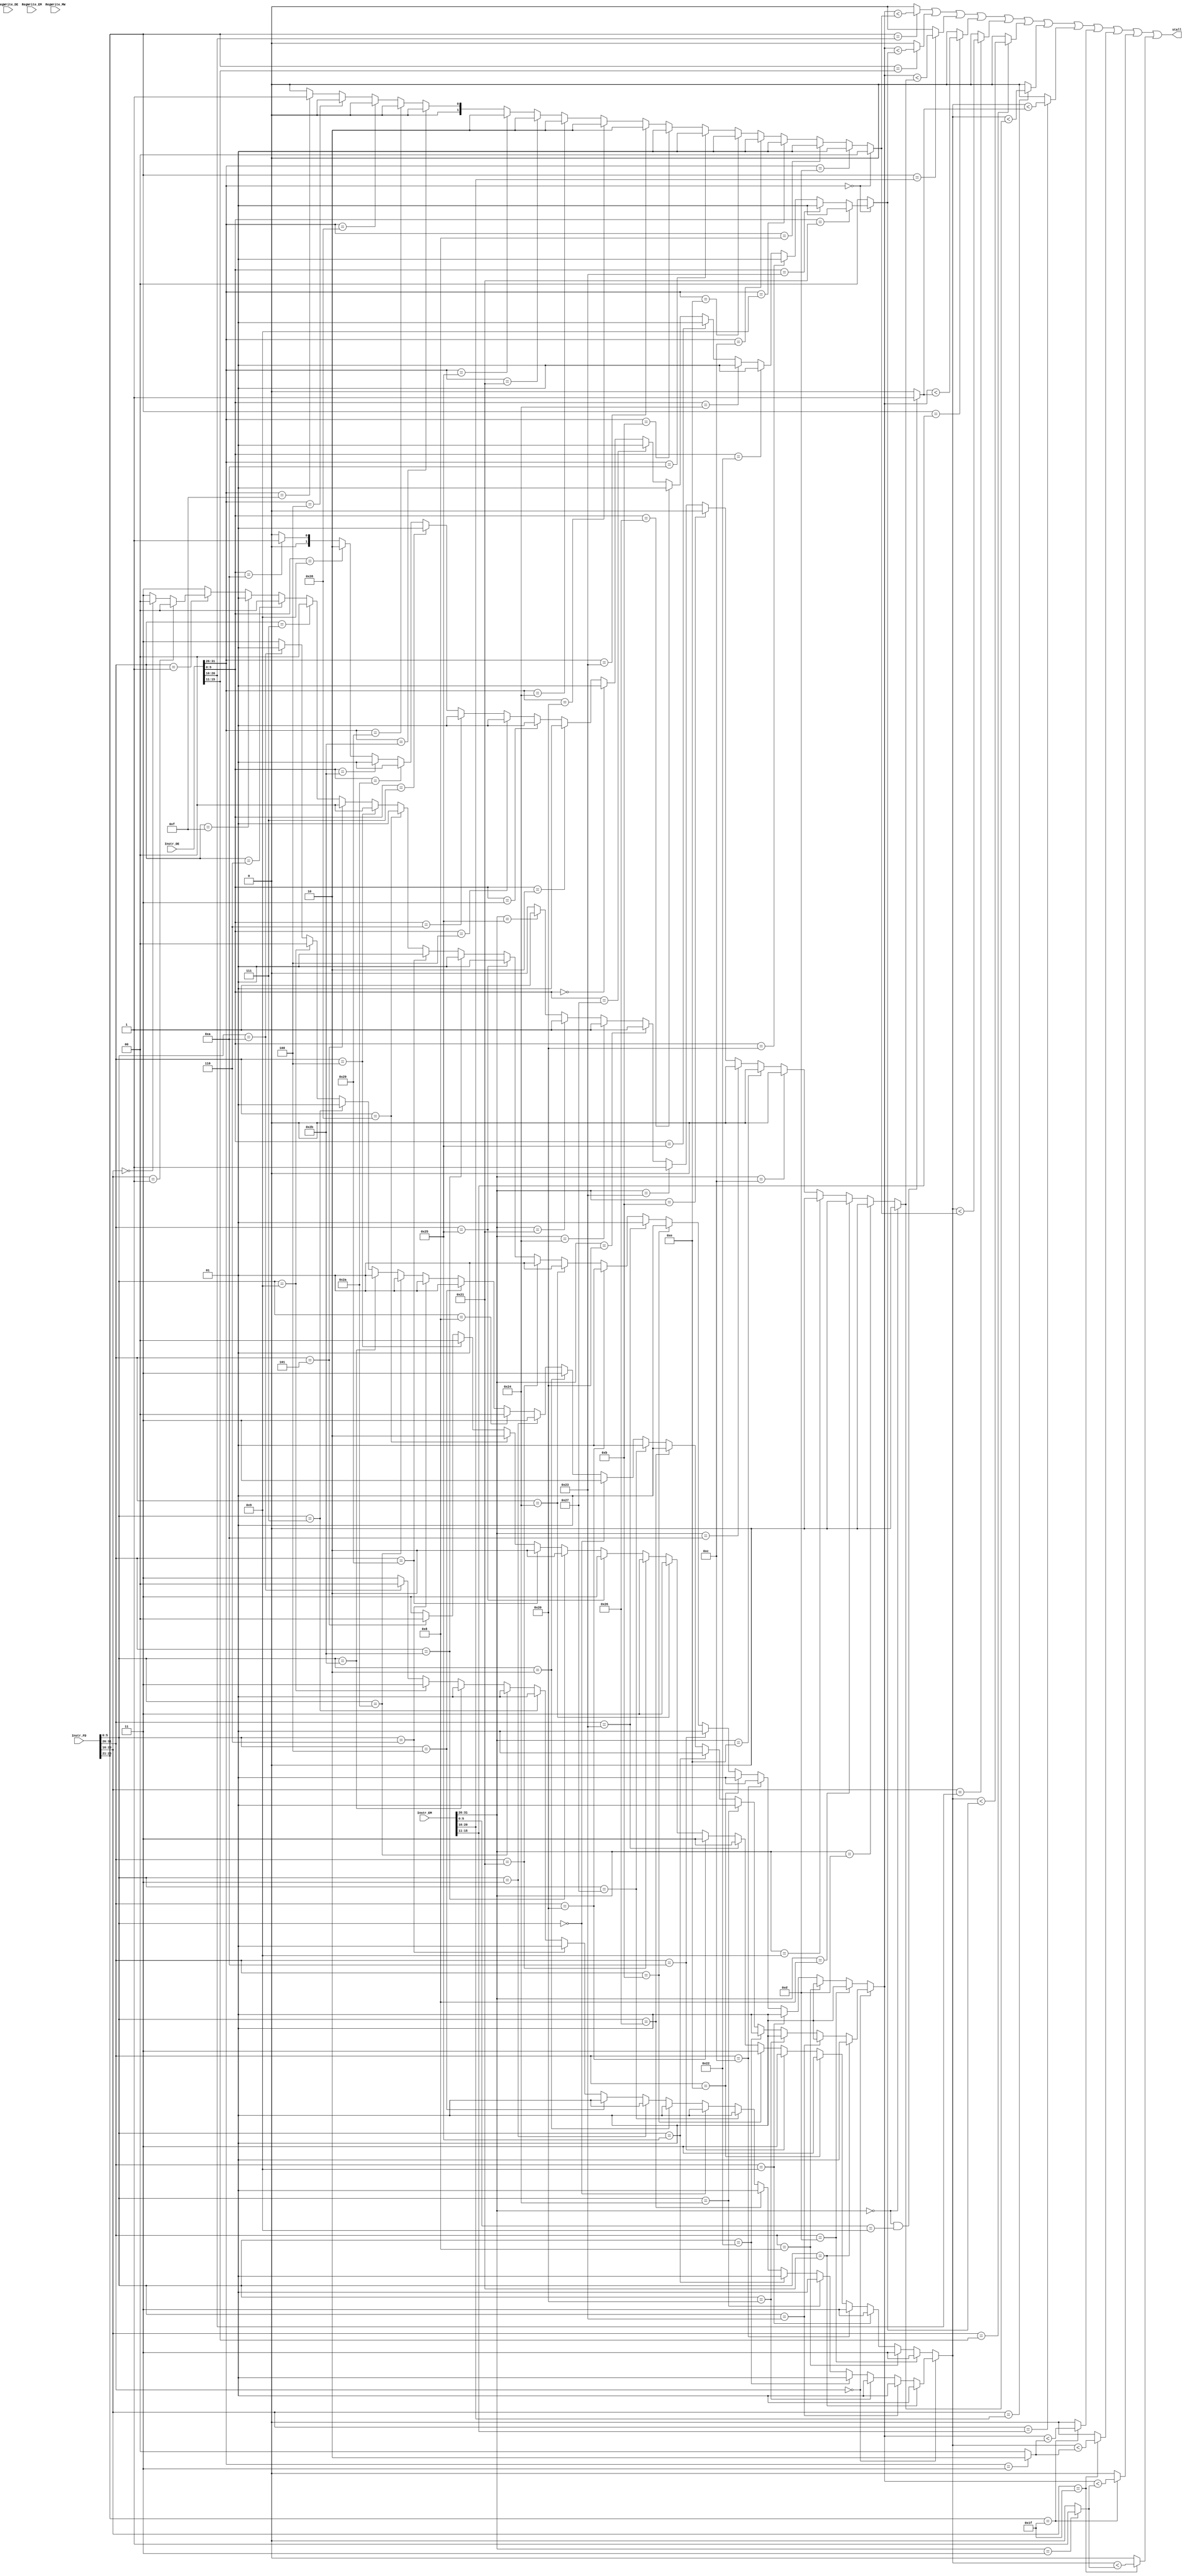
`timescale 1ns / 1ps
//////////////////////////////////////////////////////////////////////////////////
// Company: 
// Engineer: 
// 
// Design Name: 
// Module Name:    stall 
// Project Name: 
// Target Devices: 
// Tool versions: 
// Description: 
//
// Dependencies: 
//
// Revision: 
// Revision 0.01 - File Created
// Additional Comments: 
//
//////////////////////////////////////////////////////////////////////////////////
module stall(
	 input [31:0] Instr_FD,
	 input [31:0] Instr_DE,
	 input [31:0] Instr_EM,
	 input RegWrite_DE,
	 input RegWrite_EM,
	 input RegWrite_MW,
	 output stall
    );
	 
	 parameter 	addu_func 	= 	6'b100001,
						subu_func 	= 	6'b100011,
						add_func 		= 	6'b100000,
						sub_func 		= 	6'b100010,
						and_func 		= 	6'b100100,
						or_func 		= 	6'b100101,
						xor_func 		= 	6'b100110,
						nor_func 		= 	6'b100111,
						sll_func 		= 	6'b000000,
						srl_func 		= 	6'b000010,
						sra_func 		= 	6'b000011,
						sllv_func 	= 	6'b000100,
						srlv_func 	= 	6'b000110,
						srav_func 	= 	6'b000111,
						slt_func 		= 	6'b101010,
						sltu_func 	= 	6'b101011,
						jr_func 		= 	6'b001000,
						jalr_func		=	6'b001001,
						movz_func		=	6'b001010,
						ori 				=	6'b001101,
						lw					=	6'b100011,
						sw					=	6'b101011,
						beq 				=	6'b000100,
						bne 				= 	6'b000101,
						bgtz 			= 	6'b000111,
						blez 			= 	6'b000110,
						lui 				=	6'b001111,
						slti 			= 	6'b001010,
						sltiu		 	= 	6'b001011,
						addi 			= 	6'b001000,
						addiu 			= 	6'b001001,
						andi 			= 	6'b001100,
						xori 			= 	6'b001110,
						j 					=	6'b000010,
						jal 				=	6'b000011,
						lb 				= 	6'b100000,
						lbu 				= 	6'b100100,
						lh 				= 	6'b100001,
						lhu 				= 	6'b100101,
						sb 				= 	6'b101000,
						sh 				= 	6'b101001,
						bgez_rt		=	5'b00001,
						bltz_rt		=	5'b00000;
	 
	 wire [1:0] TuseD_rs, TuseD_rt, TnewE_rt, TnewE_rd, TnewM_rt, TnewM_rd, TnewE_ra, TnewM_ra;
	 wire [4:0] D_rs, D_rt, E_rt, E_rd, M_rt, M_rd;
	 wire [5:0] opD, funcD, opE, funcE, opM, funcM;
	 
	 assign D_rs = Instr_FD[25:21];
	 assign D_rt = Instr_FD[20:16];
	 assign E_rt = Instr_DE[20:16];
	 assign E_rd = Instr_DE[15:11];
	 assign M_rt = Instr_EM[20:16];
	 assign M_rd = Instr_EM[15:11];
	 
	 assign opD = Instr_FD[31:26];
	 assign funcD = Instr_FD[5:0];
	 assign opE = Instr_DE[31:26];
	 assign funcE = Instr_DE[5:0];
	 assign opM = Instr_EM[31:26];
	 assign funcM = Instr_EM[5:0];
	 
	 assign TuseD_rs = 	(opD == 6'b000000)?
										(	(funcD ==	addu_func)	?2'b01:
											(funcD == subu_func)	?2'b01:
											(funcD ==	add_func)		?2'b01:
											(funcD == sub_func)		?2'b01:
											(funcD ==	and_func)		?2'b01:
											(funcD == or_func)		?2'b01:
											(funcD ==	xor_func)		?2'b01:
											(funcD == nor_func)		?2'b01:
											(funcD == sll_func)		?2'b11:
											(funcD ==	srl_func)		?2'b11:
											(funcD == sra_func)		?2'b11:
											(funcD == jr_func)		?2'b00:
											(funcD == sllv_func)	?2'b01:
											(funcD ==	srlv_func)	?2'b01:
											(funcD == slt_func)		?2'b01:
											(funcD ==	sltu_func)	?2'b01:
											(funcD == srav_func)	?2'b01:
											(funcD == jalr_func)	?2'b00:
											(funcD == movz_func)	?2'b01:2'b11):
									(opD == ori)							?2'b01:
									(opD == addi)						?2'b01:
									(opD == addiu)						?2'b01:
									(opD == andi)						?2'b01:
									(opD == xori)						?2'b01:
									(opD == slti)						?2'b01:
									(opD == sltiu)						?2'b01:
									(opD == lw)							?2'b01:
									(opD == lb)							?2'b01:
									(opD == lbu)							?2'b01:
									(opD == lh)							?2'b01:
									(opD == lhu)							?2'b01:
									(opD == sw)							?2'b01:
									(opD == sh)							?2'b01:
									(opD == sb)							?2'b01:
									(opD == beq)							?2'b00:
									(opD == bne)							?2'b00:
									(opD == bgtz)						?2'b00:
									(opD == blez)						?2'b00:
									(opD == lui)							?2'b01:
									(opD == 6'b000001)?
										(D_rt==bgez_rt)				?2'b00:
										(D_rt==bltz_rt)				?2'b00:2'b11:2'b11;
									
	 assign TuseD_rt = 	(opD == 6'b000000)?
										(	(funcD ==	addu_func)	?2'b01:
											(funcD == subu_func)	?2'b01:
											(funcD ==	add_func)		?2'b01:
											(funcD == sub_func)		?2'b01:
											(funcD ==	and_func)		?2'b01:
											(funcD == or_func)		?2'b01:
											(funcD ==	xor_func)		?2'b01:
											(funcD == nor_func)		?2'b01:
											(funcD == sll_func)		?2'b01:
											(funcD ==	srl_func)		?2'b01:
											(funcD == sra_func)		?2'b01:
											(funcD == sllv_func)	?2'b01:
											(funcD ==	srlv_func)	?2'b01:
											(funcD == srav_func)	?2'b01:
											(funcD == slt_func)		?2'b01:
											(funcD ==	sltu_func)	?2'b01:
											(funcD == jalr_func)	?2'b11:
											(funcD == movz_func)	?2'b00:2'b11):
									(opD == ori)							?2'b11:
									(opD == addi)						?2'b11:
									(opD == addiu)						?2'b11:
									(opD == andi)						?2'b11:
									(opD == xori)						?2'b11:
									(opD == slti)						?2'b11:
									(opD == sltiu)						?2'b11:
									(opD == lw)							?2'b11:
									(opD == lb)							?2'b11:
									(opD == lbu)							?2'b11:
									(opD == lh)							?2'b11:
									(opD == lhu)							?2'b11:
									(opD == sw)							?2'b10:
									(opD == sh)							?2'b10:
									(opD == sb)							?2'b10:
									(opD == beq)							?2'b00:
									(opD == bne)							?2'b00:
									(opD == bgtz)						?2'b11:
									(opD == blez)						?2'b11:
									(opD == lui)							?2'b11:2'b11;//bgez, bltz belong to default
	
	 assign TnewE_rt = 	(opE == 6'b000000)?
										(	(funcE ==	addu_func)	?2'b00:
											(funcE == subu_func)	?2'b00:
											(funcE ==	add_func)		?2'b00:
											(funcE == sub_func)		?2'b00:
											(funcE ==	and_func)		?2'b00:
											(funcE == or_func)		?2'b00:
											(funcE ==	xor_func)		?2'b00:
											(funcE == nor_func)		?2'b00:
											(funcE == sll_func)		?2'b00:
											(funcE ==	srl_func)		?2'b00:
											(funcE == sra_func)		?2'b00:
											(funcE == sllv_func)	?2'b00:
											(funcE ==	srlv_func)	?2'b00:
											(funcE == srav_func)	?2'b00:
											(funcE ==	slt_func)		?2'b00:
											(funcE == sltu_func)	?2'b00:
											(funcE == jalr_func)	?2'b00:
											(funcE == movz_func)	?2'b00:2'b00):
									(opE == ori)							?2'b01:
									(opE == addi)						?2'b01:
									(opE == addiu)						?2'b01:
									(opE == andi)						?2'b01:
									(opE == xori)						?2'b01:
									(opE == slti)						?2'b01:
									(opE == sltiu)						?2'b01:
									(opE == lw)							?2'b10:
									(opE == lb)							?2'b10:
									(opE == lbu)							?2'b10:
									(opE == lh)							?2'b10:
									(opE == lhu)							?2'b10:
									(opE == sw)							?2'b00:
									(opE == sh)							?2'b00:
									(opE == sb)							?2'b00:
									(opE == beq)							?2'b00:
									(opE == lui)							?2'b01:2'b00;//bgez, bltz belong to default
									
	 assign TnewE_rd = 	(opE == 6'b000000)?
										(	(funcE ==	addu_func)	?2'b01:
											(funcE == subu_func)	?2'b01:
											(funcE ==	add_func)		?2'b01:
											(funcE == sub_func)		?2'b01:
											(funcE ==	and_func)		?2'b01:
											(funcE == or_func)		?2'b01:
											(funcE ==	xor_func)		?2'b01:
											(funcE == nor_func)		?2'b01:
											(funcE == sll_func)		?2'b01:
											(funcE ==	srl_func)		?2'b01:
											(funcE == sra_func)		?2'b01:
											(funcE == sllv_func)	?2'b01:
											(funcE ==	srlv_func)	?2'b01:
											(funcE == srav_func)	?2'b01:
											(funcE ==	slt_func)		?2'b01:
											(funcE == sltu_func)	?2'b01:
											(funcE == jalr_func)	?2'b10:
											(funcE == movz_func)	?2'b01:2'b00):
									(opE == ori)							?2'b00:
									(opE == addi)						?2'b00:
									(opE == addiu)						?2'b00:
									(opE == andi)						?2'b00:
									(opE == xori)						?2'b00:
									(opE == slti)						?2'b00:
									(opE == sltiu)						?2'b00:
									(opE == lw)							?2'b00:
									(opE == lb)							?2'b00:
									(opE == lbu)							?2'b00:
									(opE == lh)							?2'b00:
									(opE == lhu)							?2'b00:
									(opE == sw)							?2'b00:
									(opE == sh)							?2'b00:
									(opE == sb)							?2'b00:
									(opE == beq)							?2'b00:
									(opE == lui)							?2'b00:2'b00;//bgez, bltz belong to default
								
	 assign TnewM_rt = 	(opM == 6'b000000)?
										(	(funcM ==	addu_func)	?2'b00:
											(funcM == subu_func)	?2'b00:
											(funcM ==	add_func)		?2'b00:
											(funcM == sub_func)		?2'b00:
											(funcM ==	and_func)		?2'b00:
											(funcM == or_func)		?2'b00:
											(funcM ==	xor_func)		?2'b00:
											(funcM == nor_func)		?2'b00:
											(funcM == sll_func)		?2'b00:
											(funcM ==	srl_func)		?2'b00:
											(funcM == sra_func)		?2'b00:
											(funcM == sllv_func)	?2'b00:
											(funcM ==	srlv_func)	?2'b00:
											(funcM == srav_func)	?2'b00:
											(funcM ==	slt_func)		?2'b00:
											(funcM == sltu_func)	?2'b00:
											(funcM == jalr_func)	?2'b00:
											(funcM == movz_func)	?2'b00:2'b00):
									(opM == ori)							?2'b00:
									(opM == addi)						?2'b00:
									(opM == addiu)						?2'b00:
									(opM == andi)						?2'b00:
									(opM == xori)						?2'b00:
									(opM == slti)						?2'b00:
									(opM == sltiu)						?2'b00:
									(opM == lw)							?2'b01:
									(opM == lb)							?2'b01:
									(opM == lbu)							?2'b01:
									(opM == lh)							?2'b01:
									(opM == lhu)							?2'b01:
									(opM == sw)							?2'b00:
									(opM == sh)							?2'b00:
									(opM == sb)							?2'b00:
									(opM == beq)							?2'b00:
									(opM == lui)							?2'b00:2'b00;//bgez, bltz belong to default
									
	 assign TnewM_rd = 	(opM == 6'b000000 && funcM == jalr_func)?2'b01:2'b00;
	 
	 assign TnewE_ra = (opE == jal)?2'b10:2'b00;
	 
	 assign TnewM_ra = (opM == jal)?2'b01:2'b00;
	 
	 assign stall = 		((D_rs==E_rt)?(TuseD_rs<TnewE_rt):1'b0)
								||	((D_rs==E_rd)?(TuseD_rs<TnewE_rd):1'b0)
								||	((D_rs==M_rt)?(TuseD_rs<TnewM_rt):1'b0)
								||	((D_rs==M_rd)?(TuseD_rs<TnewM_rd):1'b0)
								||	((D_rt==E_rt)?(TuseD_rt<TnewE_rt):1'b0)
								||	((D_rt==E_rd)?(TuseD_rt<TnewE_rd):1'b0)
								||	((D_rt==M_rt)?(TuseD_rt<TnewM_rt):1'b0)
								||	((D_rt==M_rd)?(TuseD_rt<TnewM_rd):1'b0)
								||	((D_rs==5'h1f)?(TuseD_rs<TnewE_ra):1'b0)
								||	((D_rt==5'h1f)?(TuseD_rt<TnewE_ra):1'b0)
								||	((D_rs==5'h1f)?(TuseD_rs<TnewM_ra):1'b0)
								||	((D_rt==5'h1f)?(TuseD_rt<TnewM_ra):1'b0);
	 


endmodule